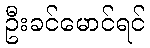
ဦးခင်မောင်ရင်